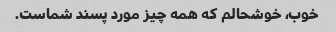
خوب، خوشحالم که همه چیز مورد پسند شماست.